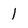
Character: l